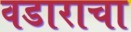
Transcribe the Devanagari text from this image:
वडाराचा